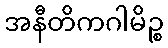
အနီတိကဂါမိဉ္စ